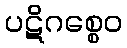
ပဋိဂစ္စေဝ